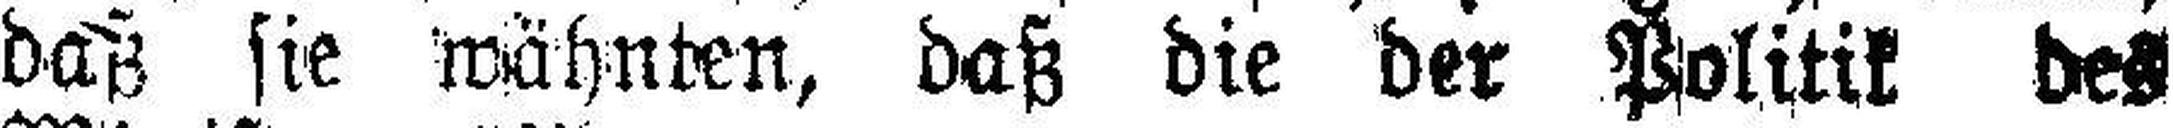
daß sie wähnten, daß die der Politik des